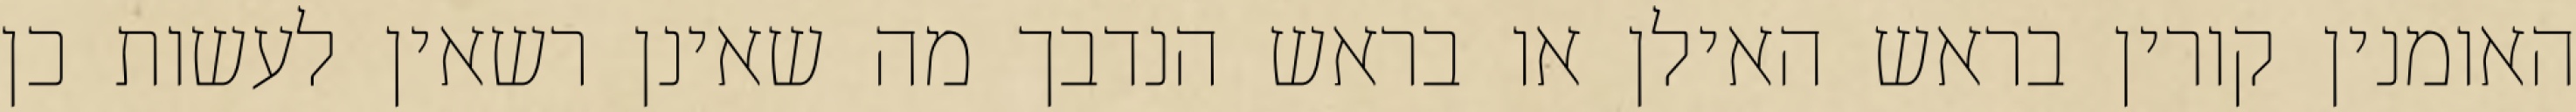
האומנין קורין בראש האילן או בראש הנדבך מה שאינן רשאין לעשות כן